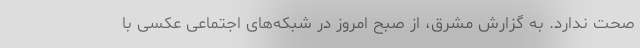
صحت ندارد. به گزارش مشرق، از صبح امروز در شبکه‌های اجتماعی عکسی با